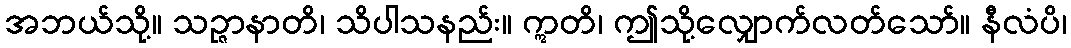
အဘယ်သို့။ သဉ္ဇာနာတိ၊ သိပါသနည်း။ ဣတိ၊ ဤသို့လျှောက်လတ်သော်။ နီလံပိ၊